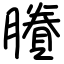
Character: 賸